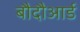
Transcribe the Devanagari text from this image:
बौदौआर्ड